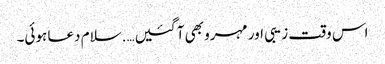
اس وقت زیبی اور مہرو بھی آ گئیں….سلام دعا ہوئی۔